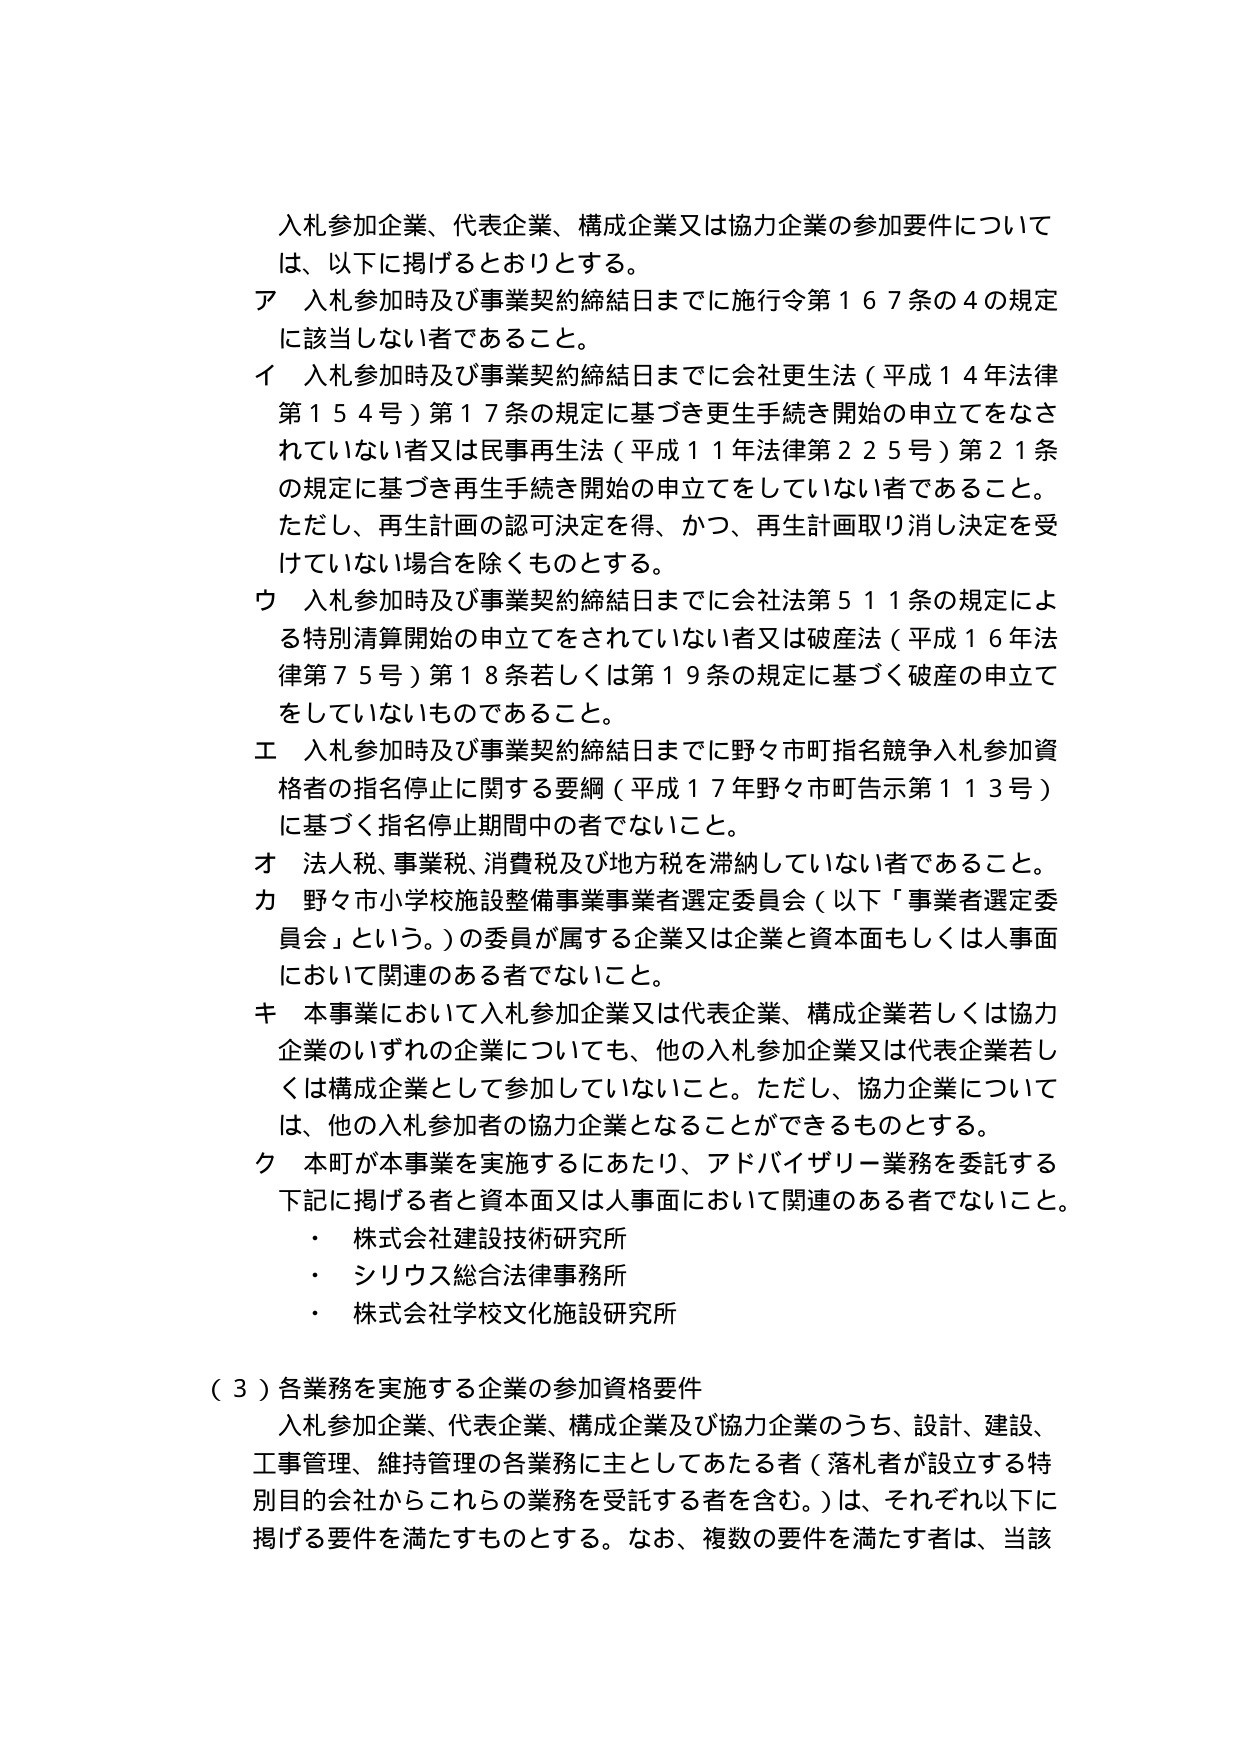
入札参加企業、代表企業、構成企業又は協力企業の参加要件については、以下に掲げるとおりとする。

ア 入札参加時及び事業契約締結日までに施行令第167条の4の規定に該当しない者であること。

イ 入札参加時及び事業契約締結日までに会社更生法（平成14年法律第154号）第17条の規定に基づき更生手続き開始の申立てをなされていない者又は民事再生法（平成11年法律第225号）第21条の規定に基づき再生手続き開始の申立てをしていない者であること。ただし、再生計画の認可決定を得、かつ、再生計画取り消し決定を受けていない場合を除くものとする。

ウ 入札参加時及び事業契約締結日までに会社法第511条の規定による特別清算開始の申立てをされていない者又は破産法（平成16年法律第75号）第18条若しくは第19条の規定に基づく破産の申立てをしていないものであること。

エ 入札参加時及び事業契約締結日までに野々市町指名競争入札参加資格者の指名停止に関する要綱（平成17年野々市町告示第113号）に基づく指名停止期間中の者でないこと。

オ 法人税、事業税、消費税及び地方税を滞納していない者であること。

カ 野々市小学校施設整備事業事業者選定委員会（以下「事業者選定委員会」という。）の委員が属する企業又は企業と資本面もしくは人事面において関連のある者でないこと。

キ 本事業において入札参加企業又は代表企業、構成企業若しくは協力企業のいずれの企業についても、他の入札参加企業又は代表企業若しくは構成企業として参加していないこと。ただし、協力企業については、他の入札参加者の協力企業となることができるものとする。

ク 本町が本事業を実施するにあたり、アドバイザリー業務を委託する下記に掲げる者と資本面又は人事面において関連のある者でないこと。
・ 株式会社建設技術研究所
・ シリウス総合法律事務所
・ 株式会社学校文化施設研究所

（３）各業務を実施する企業の参加資格要件
入札参加企業、代表企業、構成企業及び協力企業のうち、設計、建設、工事管理、維持管理の各業務に主としてあたる者（落札者が設立する特別目的会社からこれらの業務を受託する者を含む。）は、それぞれ以下に掲げる要件を満たすものとする。なお、複数の要件を満たす者は、当該